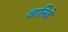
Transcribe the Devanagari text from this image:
जानिबे